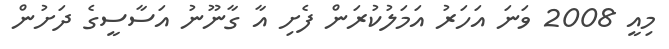
މިއީ 2008 ވަނަ އަހަރު އަމަލުކުރަން ފެށި އާ ގާނޫނު އަސާސީގެ ދަށުން